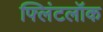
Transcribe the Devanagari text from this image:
फ्लिंटलॉक